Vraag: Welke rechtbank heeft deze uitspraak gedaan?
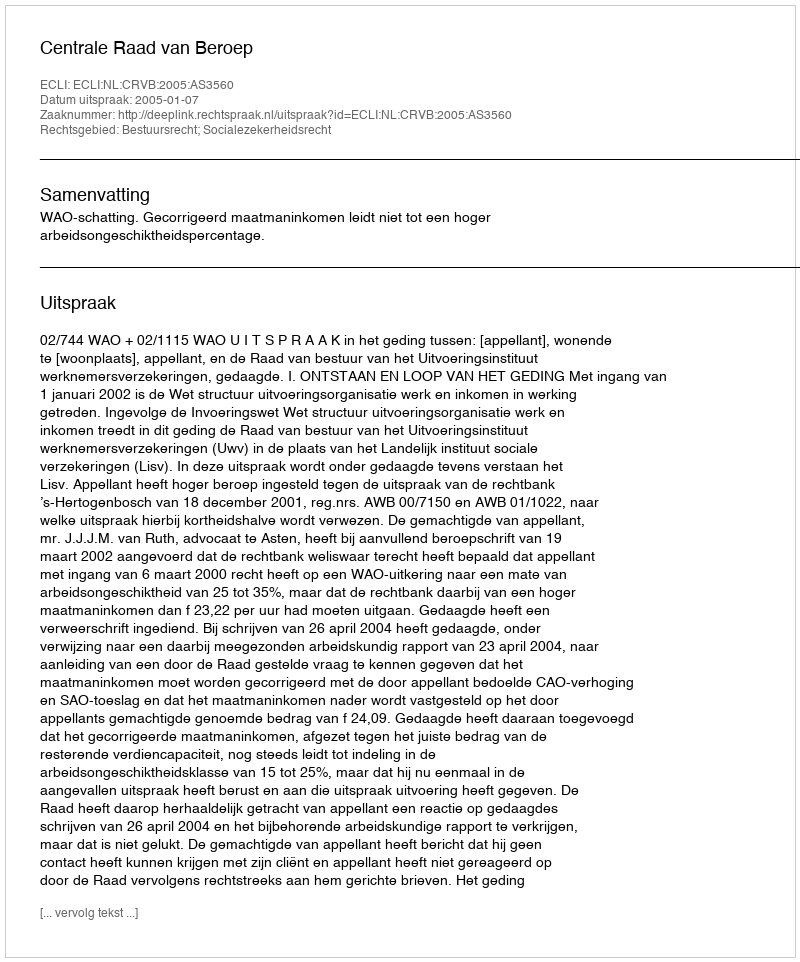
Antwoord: Centrale Raad van Beroep